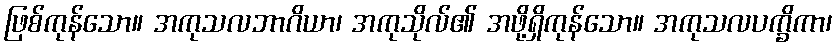
ဖြစ်ကုန်သော။ အကုသလဘာဂိယာ၊ အကုသိုလ်၏ အဖို့ရှိကုန်သော။ အကုသလပက္ခိကာ၊